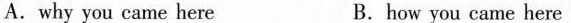
A.why you came here B.how you came here